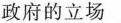
政府的立场